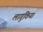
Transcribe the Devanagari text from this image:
लागूकिया